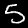
Label: 5